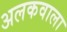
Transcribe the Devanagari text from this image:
अलकवाला